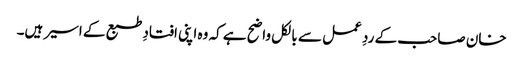
خان صاحب کے ردِ عمل سے بالکل واضح ہے کہ وہ اپنی افتادِ طبع کے اسیر ہیں۔